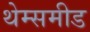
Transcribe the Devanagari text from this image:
थेम्समीड